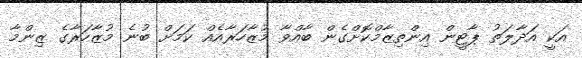
އަކީ އަދާލަތު ޕާޓީން އިންތިޒާމްކޮށްގެން ބާއްވާ މުޒާހަރާއެއް ކަމަށް ބުނެ މުޒާހަރާގެ ޒިންމާ